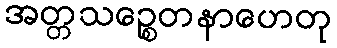
အတ္တသဉ္စေတနာဟေတု